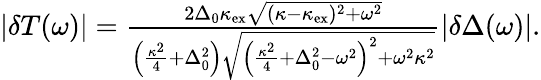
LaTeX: \begin{array}{r}{|\delta T(\omega)|=\frac{2\Delta_{0}\kappa_{\mathrm{ex}}\sqrt{(\kappa-\kappa_{\mathrm{ex}})^{2}+\omega^{2}}}{\left(\frac{\kappa^{2}}{4}+\Delta_{0}^{2}\right)\sqrt{\left(\frac{\kappa^{2}}{4}+\Delta_{0}^{2}-\omega^{2}\right)^{2}+\omega^{2}\kappa^{2}}}|\delta\Delta(\omega)|.}\end{array}